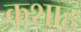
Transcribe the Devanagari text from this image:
कशाह